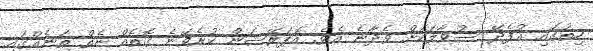
ހިތުގައި އުފެދޭ ސުވާލަކަށް ވެދާނެ އެވެ. އޮޕަރޭޝަން ކުރެވޭނެ ގޮތެއް ނެތް ތަނެއްގައި